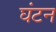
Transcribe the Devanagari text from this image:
घंटन